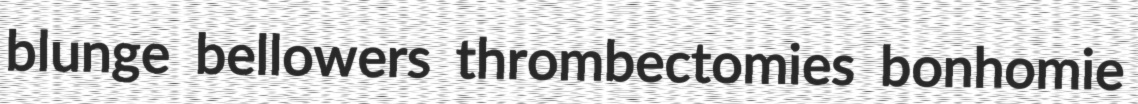
blunge bellowers thrombectomies bonhomie